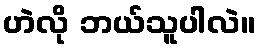
ဟဲလို ဘယ်သူပါလဲ။